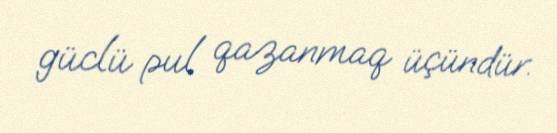
güclü pul qazanmaq üçündür.